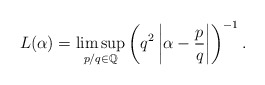
\begin{align*}L(\alpha) =\limsup_{p/q \in \mathbb Q} \left( q^2 \left| \alpha - \frac pq \right| \right)^{-1}.\end{align*}